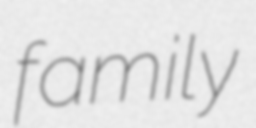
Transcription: family